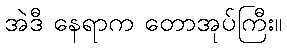
အဲဒီ နေရာက တောအုပ်ကြီး။